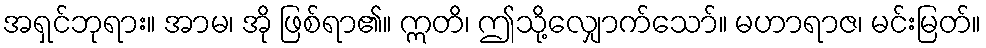
အရှင်ဘုရား။ အာမ၊ အို ဖြစ်ရာ၏။ ဣတိ၊ ဤသို့လျှောက်သော်။ မဟာရာဇ၊ မင်းမြတ်။